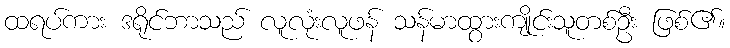
ထရပ်ကား ဒရိုင်ဘာသည် လူလုံးလူဖန် သန်မာထွားကျိုင်းသူတစ်ဦး ဖြစ်၏။